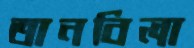
তানবিলা